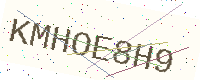
Text: KMHOE8H9